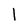
Character: 1